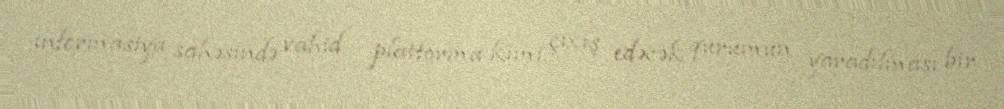
informasiya sahəsində vahid platforma kimi çıxış edəcək qurumun yaradılması bir